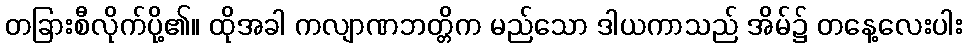
တခြားစီလိုက်ပို့၏။ ထိုအခါ ကလျာဏဘတ္တိက မည်သော ဒါယကာသည် အိမ်၌ တနေ့လေးပါး